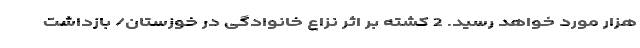
هزار مورد خواهد رسید. 2 کشته بر اثر نزاع خانوادگی در خوزستان/ بازداشت